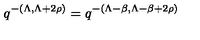
q ^ { - ( \Lambda , \Lambda + 2 \rho ) } = q ^ { - ( \Lambda - \beta , \Lambda - \beta + 2 \rho ) }